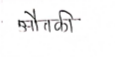
मजकूर: औतकी